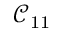
\mathcal { C } _ { 1 1 }